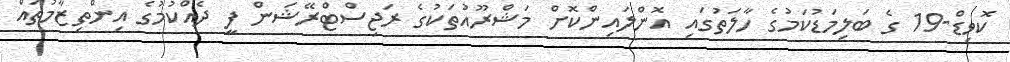
ކޮވިޑް-19 ގެ ބަލިމަޑުކަމުގެ ހާލަތުގައި އޮންލައިންކޮށް މަޝްރޫއުތަކުގެ ރަޖިސްޓްރޭޝަން ފީ ދެއްކުމުގެ އިންތިޒާމުތައް